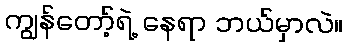
ကျွန်တော့်ရဲ့ နေရာ ဘယ်မှာလဲ။